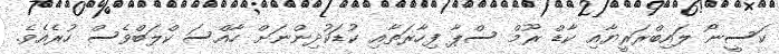
ކަސީނޯ ލައިބްރަރީޔާއި ކާޑް ރޫމް ސްޕާ ފިހާރަތާއި ކުޑަކުދިންނަށް ހާއްސަ ކްލަބްވެސް ހުރެއެވެ.